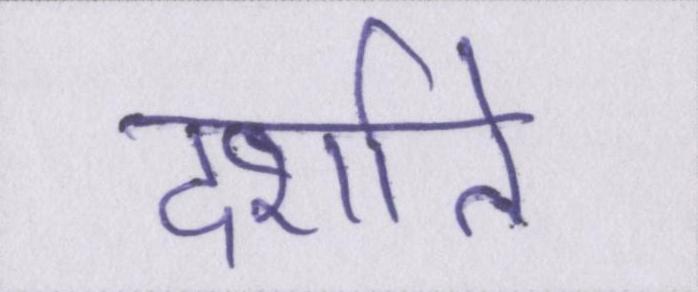
दर्शाते